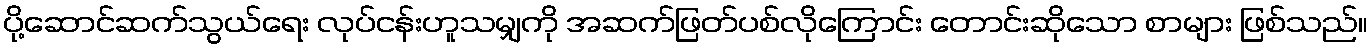
ပို့ဆောင်ဆက်သွယ်ရေး လုပ်ငန်းဟူသမျှကို အဆက်ဖြတ်ပစ်လိုကြောင်း တောင်းဆိုသော စာများ ဖြစ်သည်။